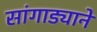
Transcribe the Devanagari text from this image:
सांगाड्याने